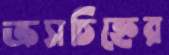
ক্রসচিহ্নের